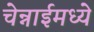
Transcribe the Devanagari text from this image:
चेन्नाईमध्ये